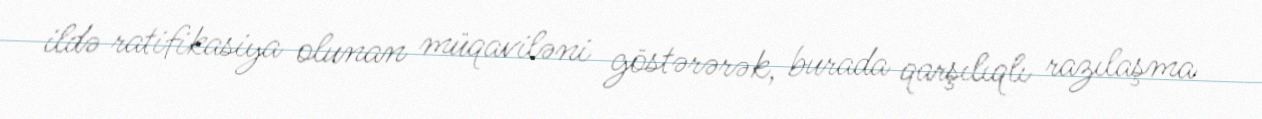
ildə ratifikasiya olunan müqaviləni göstərərək, burada qarşılıqlı razılaşma